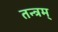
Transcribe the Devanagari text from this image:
तन्त्रम्